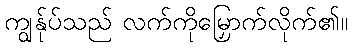
ကျွန်ုပ်သည် လက်ကိုမြှောက်လိုက်၏။